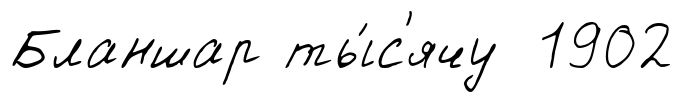
Бланшар ты́с'ячу 1902